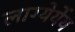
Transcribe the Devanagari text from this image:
लाग्येर्येय